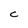
Character: C